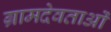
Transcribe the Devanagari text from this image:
ग्रामदेवताओं